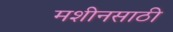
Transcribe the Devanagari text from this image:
मशीनसाठी